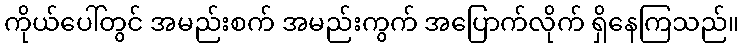
ကိုယ်ပေါ်တွင် အမည်းစက် အမည်းကွက် အပြောက်လိုက် ရှိနေကြသည်။